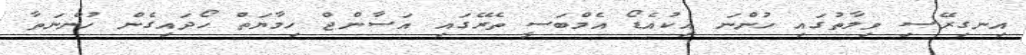
އިނގިރޭސި ވިލާތުގައި ހުންނަ އިކުއެޑޯ އެމްބަސީ ތެރޭގައި އަސާންޖް ހިމާޔަތް ހޯދައިގެން ހުންނަތާ